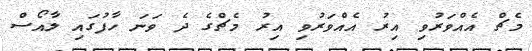
މެޗް އެއްވަރުވި އިރު އެއްވަރުވި އިރު މެޗްގެ ދެ ވަނަ ހާފުގައި ލާއޯސް